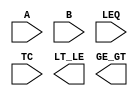
////////////////////////////////////////////////////////////////////////////////
//
//       This confidential and proprietary software may be used only
//     as authorized by a licensing agreement from Synopsys Inc.
//     In the event of publication, the following notice is applicable:
//
//                    (C) COPYRIGHT 1994 - 2016 SYNOPSYS INC.
//                           ALL RIGHTS RESERVED
//
//       The entire notice above must be reproduced on all authorized
//     copies.
//
//
// VERSION:   Simulation Architecture
//
// DesignWare_version: c35d00d4
// DesignWare_release: K-2015.06-DWBB_201506.5.2
//
////////////////////////////////////////////////////////////////////////////////
//-----------------------------------------------------------------------------------
//
// ABSTRACT:  2-Function Comparator
//           When LEQ = 1   LT_LE: A =< B
//                          GE_GT: A > B
//           When LEQ = 0   LT_LE: A < B
//                          GE_GT: A >= B
//           When TC  = 0   Unsigned numbers
//           When TC  = 1   Two's - complement numbers
//
// MODIFIED: 
//           Sourabh        Dec. '98. 
//                          Added functionality for X/Z handling.
//   
//           RPH            07/17/2002 
//                          Rewrote to comply with the new guidelines   
//-------------------------------------------------------------------------------
module DW01_cmp2
  (A, B, LEQ, TC, LT_LE, GE_GT);

  parameter width = 8; 

  // port list declaration in order
  input [ width- 1: 0] A, B;
  input LEQ; // 1 => LEQ/GT 0=> LT/GEQ
  input TC; // 1 => 2's complement numbers
   
  output LT_LE;
  output GE_GT;

   // synopsys translate_off
    function is_less;
      parameter sign = width - 1;
      input [width-1 : 0] A, B;
      input 		  TC; //Flag of Signed
      reg 		  a_is_0, b_is_1, result ;
      integer 		  i;
      begin
	 if ( TC === 1'b0 ) begin  // unsigned numbers
	    result = 0;
	    for (i = 0; i <= sign; i = i + 1) begin
	       a_is_0 = A[i] === 1'b0;
	       b_is_1 = B[i] === 1'b1;
	       result = (a_is_0 & b_is_1) |
			(a_is_0 & result) |
			(b_is_1 & result);
	    end // loop
	 end else begin  // signed numbers
	    if ( A[sign] !== B[sign] ) begin
	       result = A[sign] === 1'b1;
	    end 
	    else begin
	       result = 0;
	       for (i = 0; i <= sign-1; i = i + 1) begin
		  a_is_0 = A[i] === 1'b0;
		  b_is_1 = B[i] === 1'b1;
		  result = (a_is_0 & b_is_1) |
			   (a_is_0 & result) |
			   (b_is_1 & result);
	       end // loop
	    end // if
	 end // if
	 is_less = result;
      end
   endfunction //
   
  //-------------------------------------------------------------------------
  // Parameter legality check
  //-------------------------------------------------------------------------    
    
 
  initial begin : parameter_check
    integer param_err_flg;

    param_err_flg = 0;
    
    
    if (width < 1) begin
      param_err_flg = 1;
      $display(
	"ERROR: %m :\n  Invalid value (%d) for parameter width (lower bound: 1)",
	width );
    end
    
    if ( param_err_flg == 1) begin
      $display(
        "%m :\n  Simulation aborted due to invalid parameter value(s)");
      $finish;
    end

  end // parameter_check 



  assign GE_GT = ( TC === 1'bx || LEQ === 1'bx || ((^A)^(^B)) === 1'bx ) ? 1'bx :
		 ( LEQ === 1'b1 ) ? (( is_less(A,B,TC) || A === B ) ? 1'b0 : 1'b1) :
		 (( is_less(B,A,TC) || A === B ) ? 1'b1 : 1'b0);
   
  assign LT_LE = ( TC === 1'bx || LEQ === 1'bx || ((^A)^(^B)) === 1'bx ) ? 1'bx :
		 ( LEQ === 1'b1 ) ? (( is_less(A,B,TC) || A === B ) ? 1'b1 : 1'b0) :
		 (( is_less(B,A,TC) || A === B ) ? 1'b0 : 1'b1); 
//synopsys translate_on
   
endmodule // sim;